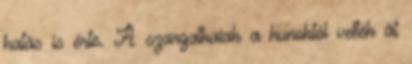
hatás is érte. A szargatkaiak a hunoktól vették át